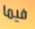
فيما